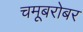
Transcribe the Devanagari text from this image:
चमूबरोबर